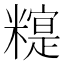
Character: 𰫒